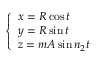
\left\{ \begin{array} { l } { x = R \cos t } \\ { y = R \sin t } \\ { z = m A \sin n _ { 2 } t } \end{array} \right.